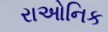
રાઓનિક